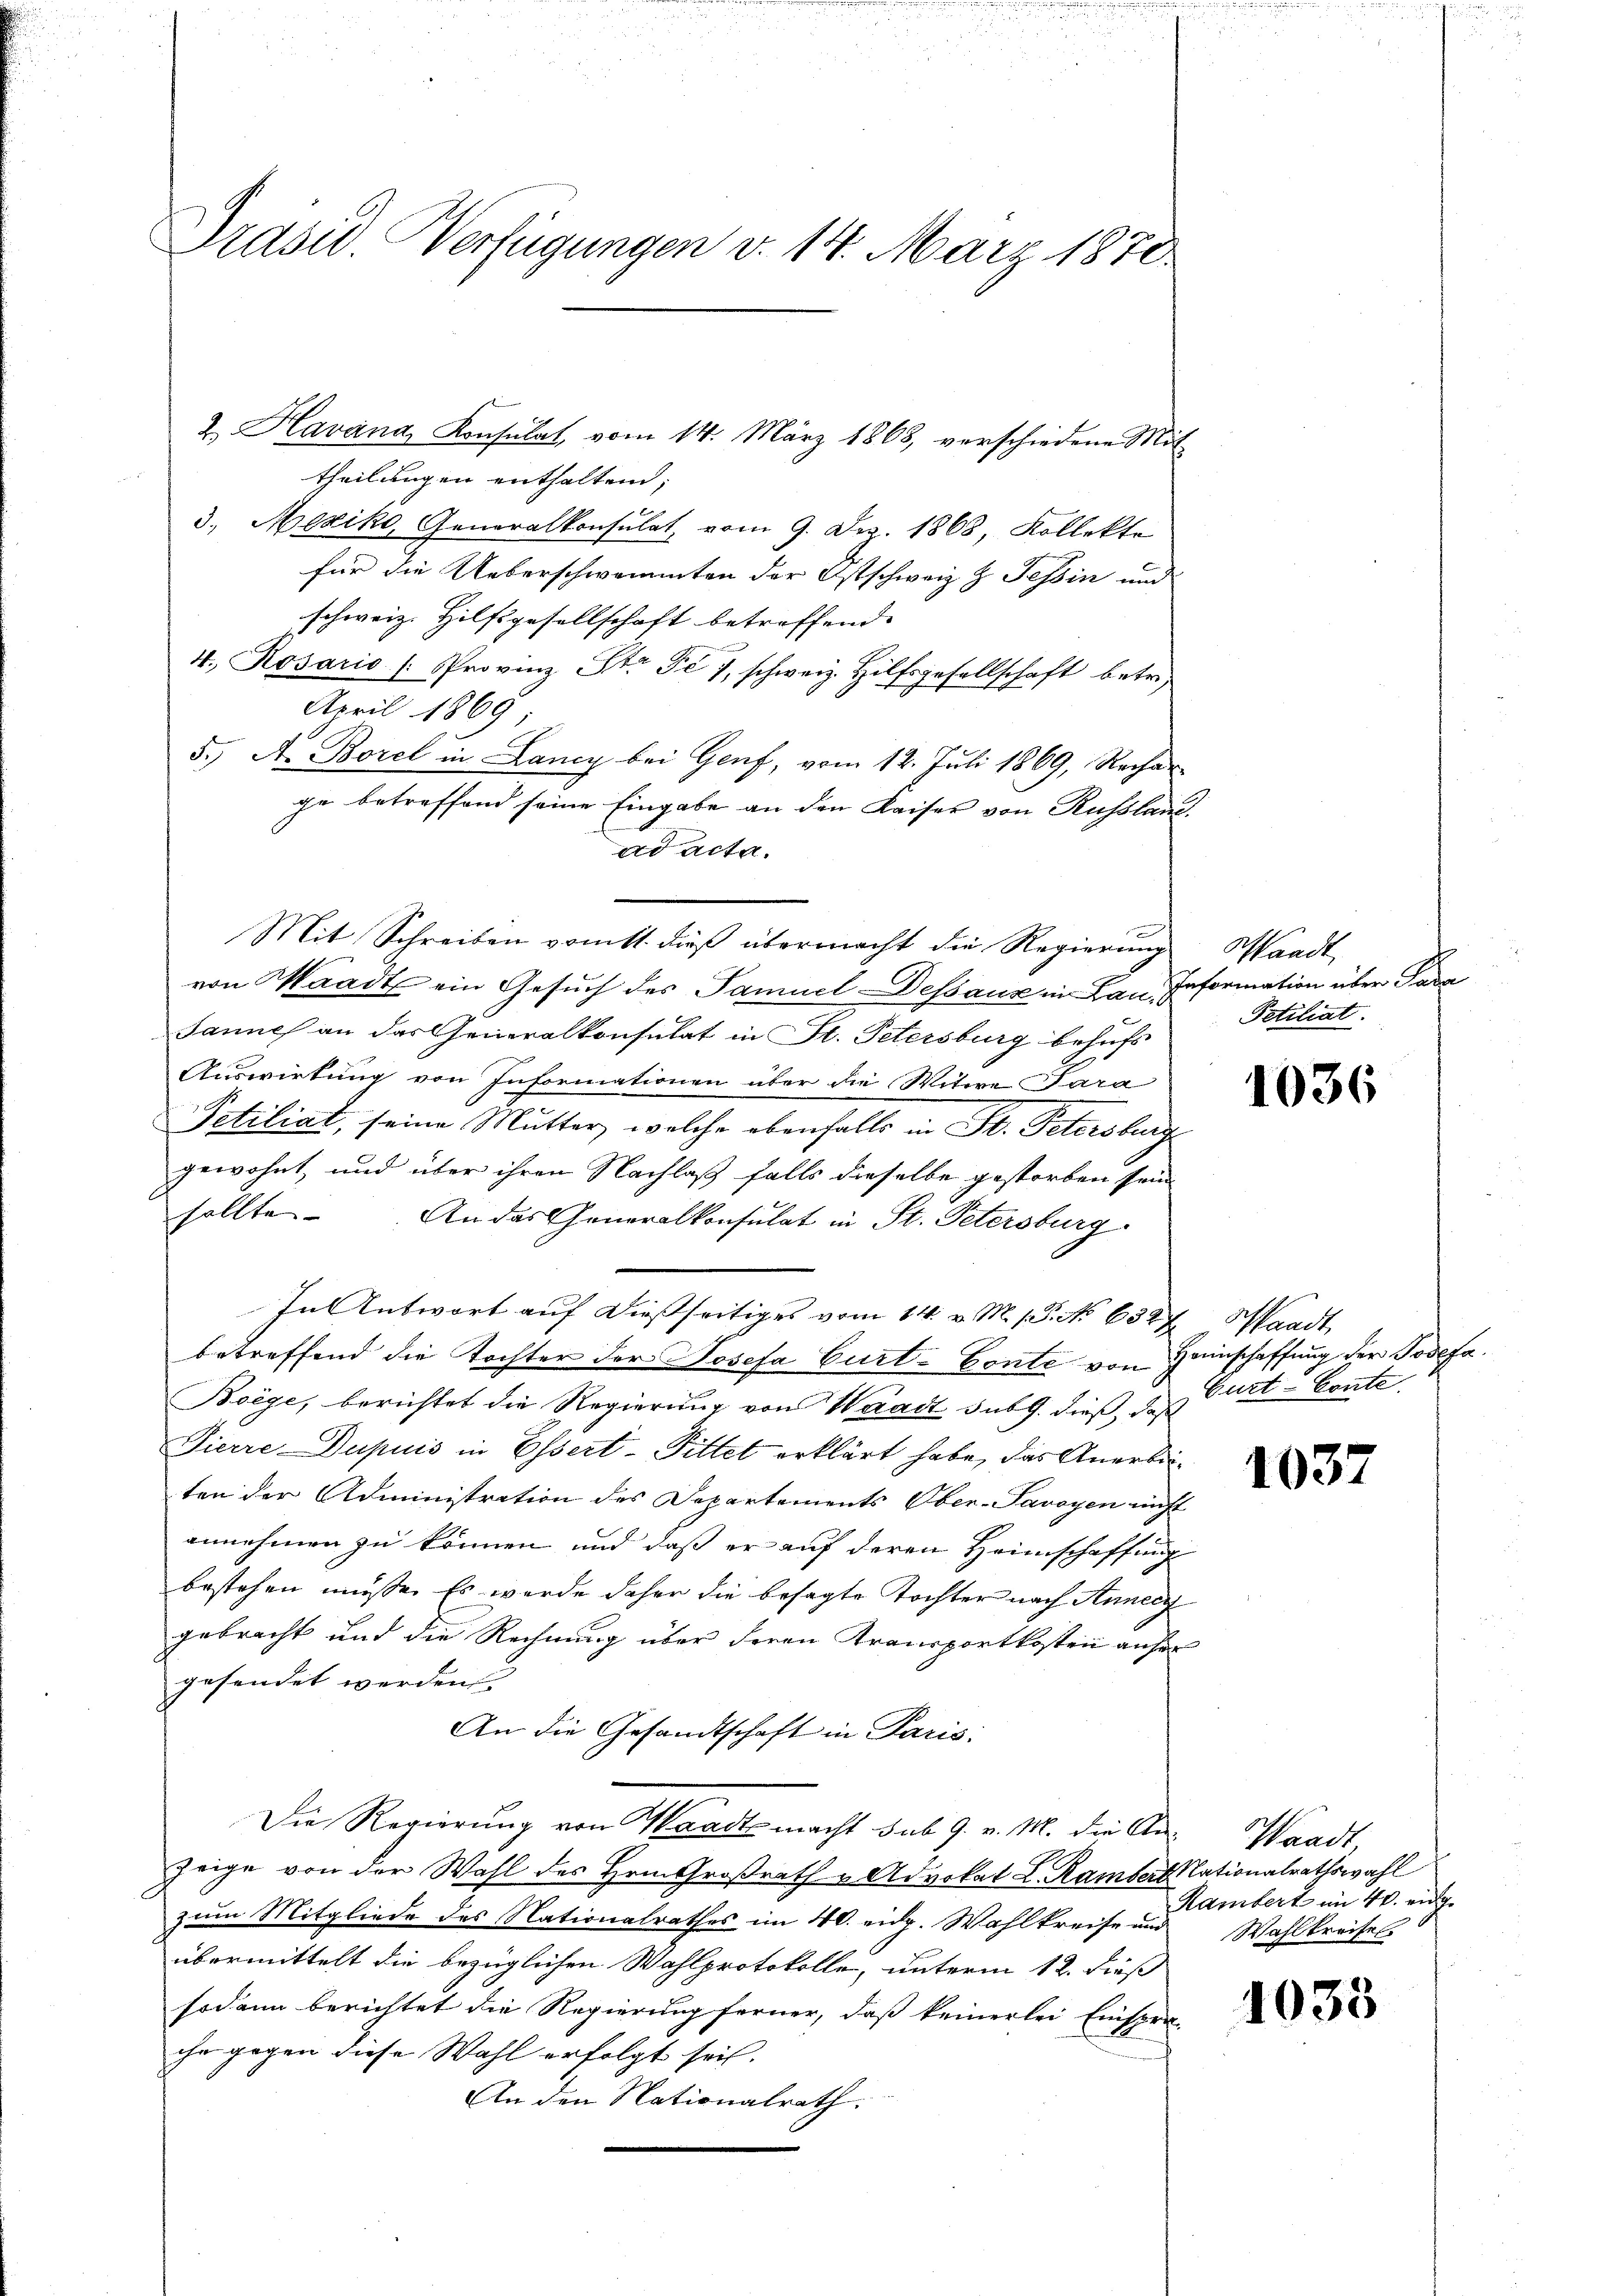
Präsid. Verfügungen d. 14. März 1870

2 Havana, Konsulat, vom 14. März 1868, verschiedene Mit
theilungen enthaltend;
3. Mexiko, Generalkonsulat, vom 9. Dez. 1868, Kollekte
für die Ueberschwammten der Ostschweiz z. Tessin und
schweiz. Hilfsgesellschaft betreffend.
4. Rosario (Provinz St. Je 7, schweiz. Hilfsgesellschaft betre¬
April 1869
5.) A. Borel in Lancy bei Genf, vom 12. Juli 1869, Rechar
ge betreffend seine Eingabe an den Kaiser von Russland
ad acta.
von Waadt ein Gesuch des Samuel Dessaus in Lau. Information über Para
Samuel an das Generalkonsulat in St. Petersburg behufs
Auswirkung von Informationen über die Witwe Para
Petitiat, seine Mutter, welche ebenfalls in St. Petersburg
gewohnt, und über ihren Nachlaß falls dieselbe gestorben sein
sollte. An das Generalkonsulat in St. Petersburg.
In Antwort auf dießseitiges vom 14. v. M. s. No 6327. Waadt,
betreffend die Tochter der Josefa Curt-Conte von Heinschaffung der Josefa
Boege, berichtet die Regierung von Waadt sub G. dieß, daß
Pierre Dupuis in Essert-Fittet erklärt habe, das Anerbeiten der Administration des Departements Ober-Savoyen nicht
annehmen zu können und daß er auf deren Heimschaffung
bestehen müsse. Es werde daher die besagte Tochter nach Anneig
gebracht und die Rechnung über deren Transportkosten anfer
gesendet werden.
An die Gesandtschaft in Paris:
Die Regierung von Waadt macht sub 9. v. M. die An- Waadt,
zeige von der Wahl des Hrn. Großrath u. Advokat L. Ramber Nationalrathswahl
zum Mitgliede des Nationalrathes im 40. eidg. Wahlkreise und
übermittelt die bezüglichen Wahlprotokolle, unterm 12. dieß
sodann berichtet die Regierung ferner, daß keinerlei Einspra-
ihr gegen diese Wahl erfolgt sei.
An den Nationalrath:

Mit Schreiben vom 11. dieß übermacht die Regierung

Waadt
Fetiliat.

1036

Gurt-Conte.

1037

Rambert im 40. eidg.
Wahlkreifel.

1035